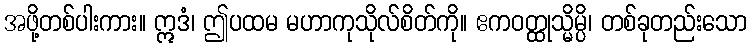
အဖို့တစ်ပါးကား။ ဣဒံ၊ ဤပထမ မဟာကုသိုလ်စိတ်ကို။ ဧကဝတ္ထုသ္မိမ္ပိ၊ တစ်ခုတည်းသော